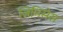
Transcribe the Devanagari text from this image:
जिमिसेस